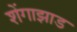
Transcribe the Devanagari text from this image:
शेंगाझाड